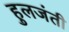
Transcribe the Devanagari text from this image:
हुलजंती